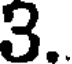
3.